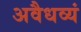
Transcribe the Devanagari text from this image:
अवैधव्यं